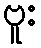
ဗူး